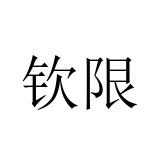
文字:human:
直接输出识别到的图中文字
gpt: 钦限